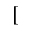
[